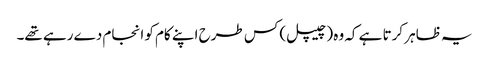
یہ ظاہر کرتا ہے کہ وہ (چیپل) کس طرح اپنے کام کو انجام دے رہے تھے۔